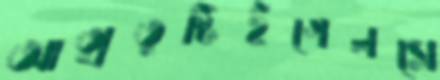
আত্মতুষ্টিইগেলসে